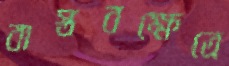
বাস্তবক্ষেত্রে